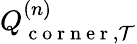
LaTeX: Q_{\mathrm{~c~o~r~n~e~r~},\mathcal{T}}^{(n)}